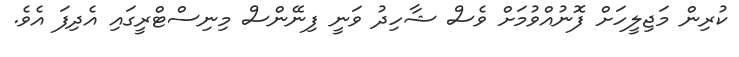
ކުރިން މަޖިލީހަށް ފޮނުއްވުމަށް ވެސް ޝާހިދު ވަނީ ފިނޭންސް މިނިސްޓްރީގައި އެދިފަ އެވެ.